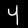
Label: 4